Indian journal of veterinary science and animal husbandry - Volume 3,
Year: 1933
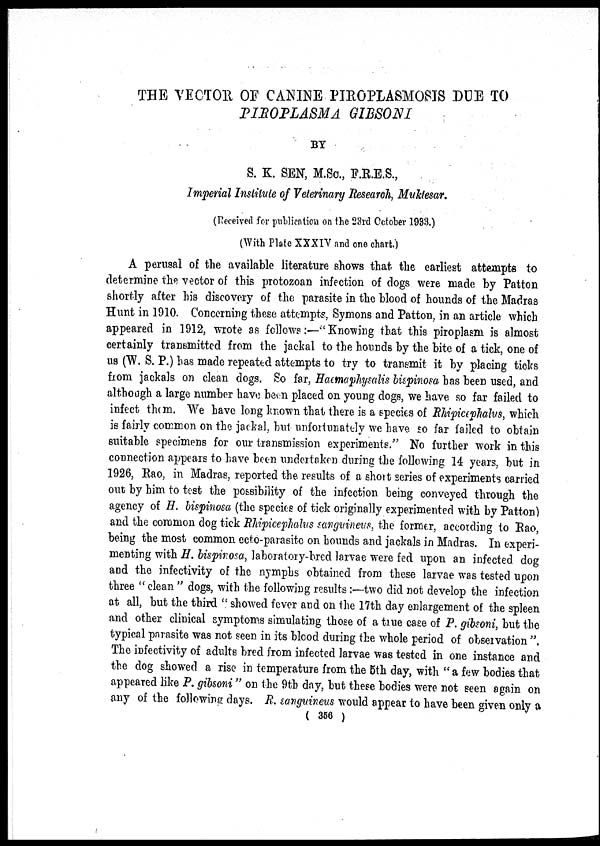
THE VECTOR OF CANINE PIROPLASMOSIS DUE TO
PIROPLASMA GIBSONI
BY
S. K. SEN, M.Sc., F.R.E.S.,
Imperial Institute of Veterinary Research, Muktesar.
(Received for publication on the 23rd October 1933.)
(With Plate XXXIV and one chart.)
A perusal of the available literature shows that the earliest attempts to
determine the vector of this protozoan infection of dogs were made by Patton
shortly after his discovery of the parasite in the blood of hounds of the Madras
Hunt in 1910. Concerning these attempts, Symons and Patton, in an article which
appeared in 1912, wrote as follows :—" Knowing that this piroplasm is almost
certainly transmitted from the jackal to the hounds by the bite of a tick, one of
us (W. S. P.) has made repeated attempts to try to transmit it by placing ticks
from jackals on clean dogs. So far, Haemaphysalis bispinosa has been used, and
although a large number have been placed on young dogs, we have so far failed to
infect them. We have long known that there is a species of Rhipicephalus, which
is fairly common on the jackal, but unfortunately we have so far failed to obtain
suitable specimens for our transmission experiments." No further work in this
connection appears to have been undertaken during the following 14 years, but in
1926, Rao, in Madras, reported the results of a short series of experiments carried
out by him to test the possibility of the infection being conveyed through the
agency of H. bispinosa (the species of tick originally experimented with by Patton)
and the common dog tick Rhipicephalus sanguineus, the former, according to Rao,
being the most common ecto-parasite on hounds and jackals in Madras. In experi-
menting with H. bispinosa, laboratory-bred larvae were fed upon an infected dog
and the infectivity of the nymphs obtained from these larvae was tested upon
three " clean " dogs, with the following results :—two did not develop the infection
at all, but the third " showed fever and on the 17th day enlargement of the spleen
and other clinical symptoms simulating those of a true case of P. gibsoni, but the
typical parasite was not seen in its blood during the whole period of observation ".
The infectivity of adults bred from infected larvae was tested in one instance and
the dog showed a rise in temperature from the 5th day, with " a few bodies that
appeared like P. gibsoni" on the 9th day, but these bodies were not seen again on
any of the following days. R. sanguineus would appear to have been given only a
( 356 )